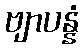
ဗျာပန္နံ